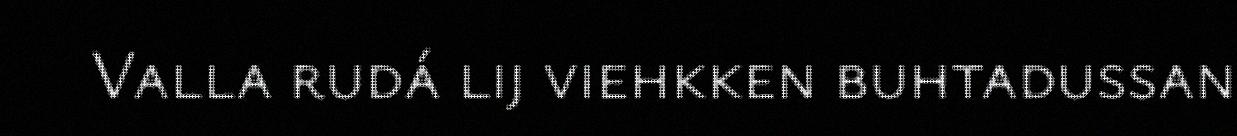
Valla rudá lij viehkken buhtadussan